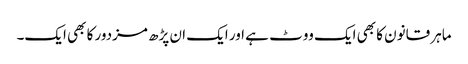
ماہر قانون کا بھی ایک ووٹ ہے اور ایک ان پڑھ مزدور کا بھی ایک۔